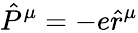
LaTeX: \hat{P}^{\mu}=-e\hat{r}^{\mu}